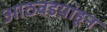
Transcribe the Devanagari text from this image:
आठवडय़ांहून